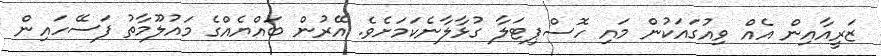
ޒަރީއާއިން އެއް ވިއުގައަކުން މައި ހޮސްޕިޓަލާ ގުޅާލާނެކަމަށެވެ. އޭރުން ބައްޔެއްގެ މައުލޫމާތު ފަސޭހައިން